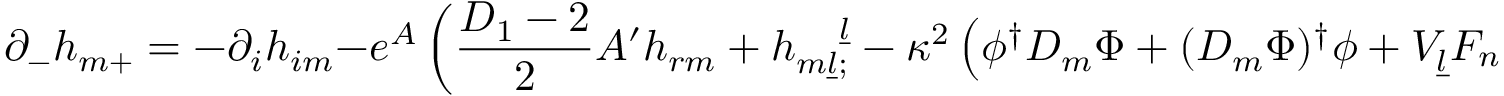
\partial _ { - } h _ { m + } = - \partial _ { i } h _ { i m } - e ^ { A } \left( \frac { D _ { 1 } - 2 } { 2 } A ^ { \prime } h _ { r m } + h _ { m \underline { { l } } ; } ^ { \quad \underline { { l } } } - \kappa ^ { 2 } \left( \phi ^ { \dagger } D _ { m } \Phi + ( D _ { m } \Phi ) ^ { \dagger } \phi + V _ { \underline { { l } } } F _ { n } ^ { \quad \underline { { l } } } \right) \right) ~ .